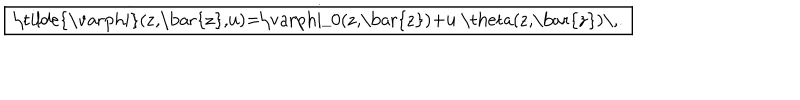
\fbox { \tilde { \varphi } ( z , \bar { z } , u ) = \varphi _ { 0 } ( z , \bar { z } ) + u \theta ( z , \bar { z } ) \, . }